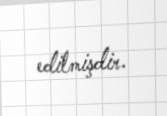
edilmişdir.